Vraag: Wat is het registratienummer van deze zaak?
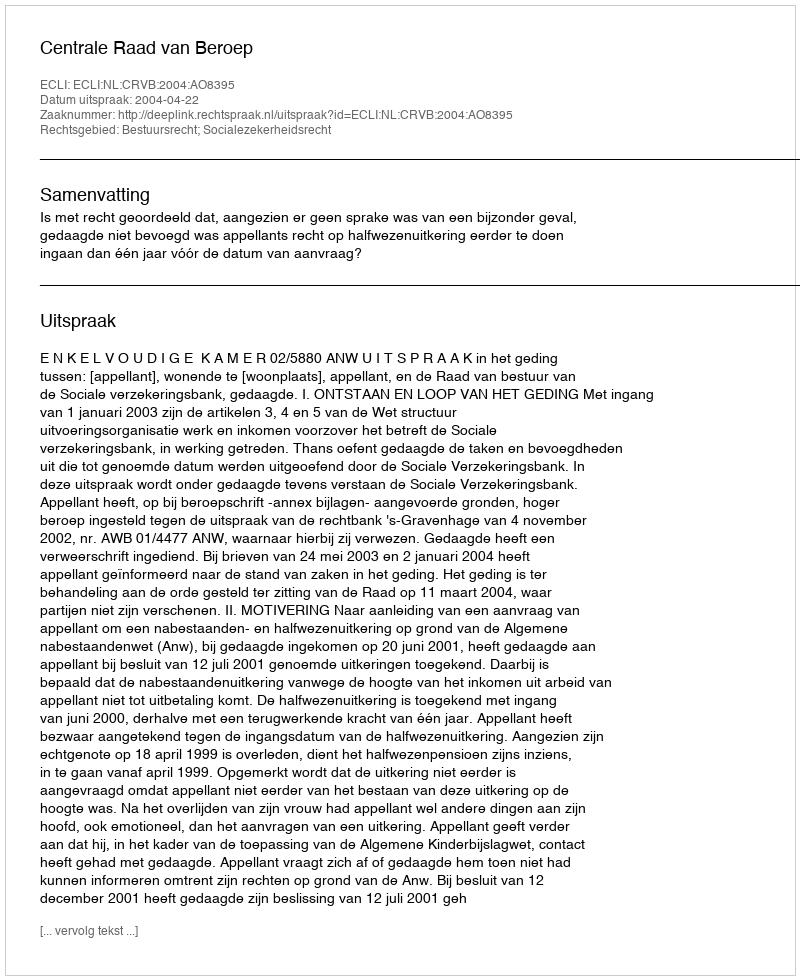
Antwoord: http://deeplink.rechtspraak.nl/uitspraak?id=ECLI:NL:CRVB:2004:AO8395